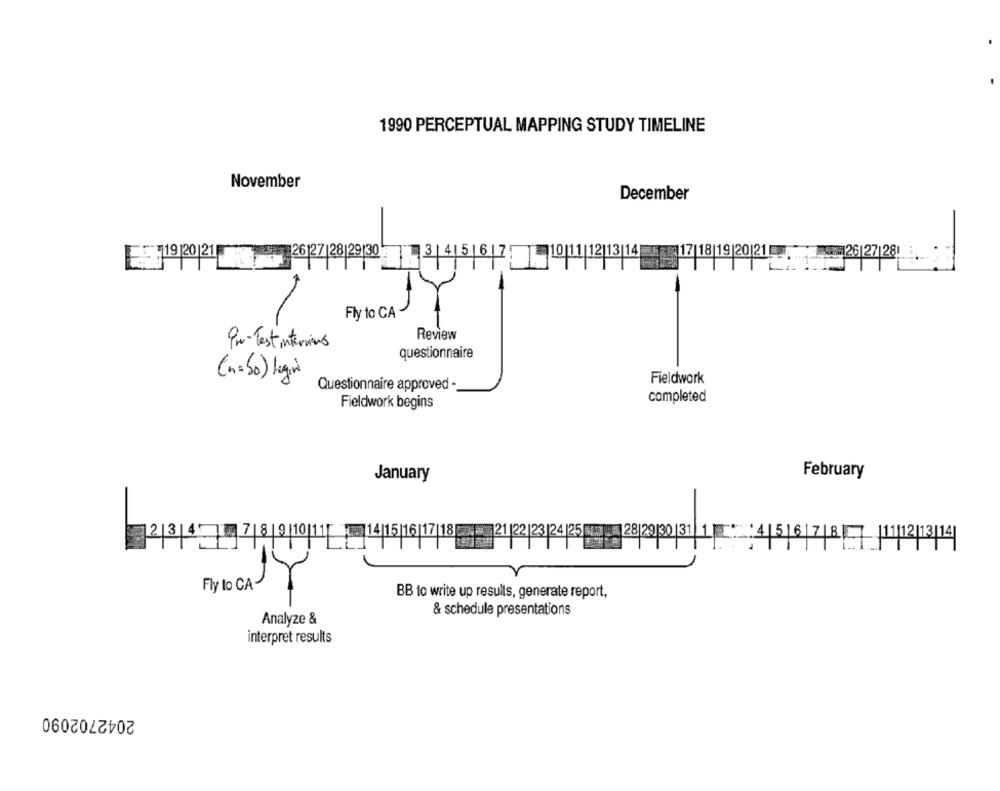
1990 PERCEPTUAL MAPPING STUDY TIMELINE
November
December
26|27 |28 29 30
. 126 27|281
5719/20121
3|4|5| 6|7
10|11|12|13|14
17|18|19|20 21
Fly to CA
Review
Pro-Test interiors
questionnaire
(n=50) legi
Fieldwork
Questionnaire approved -
Fieldwork begins
completed
February
January
234 | 789|1011 14151617 18 21 22 23 24 25
28/29/30 31 1 :45|678- 11/12/13|14
Fly to CA
BB to write up results, generate report,
& schedule presentations
Analyze &
interpret results
2042702090